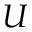
U